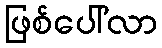
ဖြစ်ပေါ်လာ